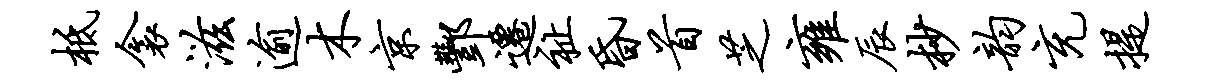
柢衾滋逾木京酆迁祉昏首芝雍辰杪韵充提